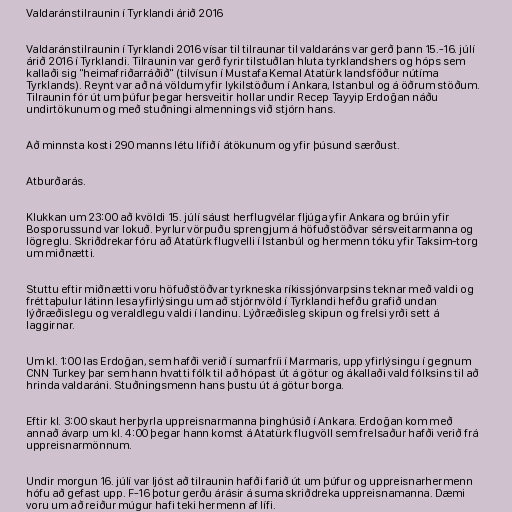
Valdaránstilraunin í Tyrklandi árið 2016

Valdaránstilraunin í Tyrklandi 2016 vísar til tilraunar til valdaráns var gerð þann 15.-16. júlí
árið 2016 í Tyrklandi. Tilraunin var gerð fyrir tilstuðlan hluta tyrklandshers og hóps sem
kallaði sig "heimafriðarráðið" (tilvísun í Mustafa Kemal Atatürk landsföður nútíma
Tyrklands). Reynt var að ná völdum yfir lykilstöðum í Ankara, Istanbul og á öðrum stöðum.
Tilraunin fór út um þúfur þegar hersveitir hollar undir Recep Tayyip Erdoğan náðu
undirtökunum og með stuðningi almennings við stjórn hans.

Að minnsta kosti 290 manns létu lífið í átökunum og yfir þúsund særðust.

Atburðarás.

Klukkan um 23:00 að kvöldi 15. júlí sáust herflugvélar fljúga yfir Ankara og brúin yfir
Bosporussund var lokuð. Þyrlur vörpuðu sprengjum á höfuðstöðvar sérsveitarmanna og
lögreglu. Skriðdrekar fóru að Atatürk flugvelli í Istanbúl og hermenn tóku yfir Taksim-torg
um miðnætti.

Stuttu eftir miðnætti voru höfuðstöðvar tyrkneska ríkissjónvarpsins teknar með valdi og
fréttaþulur látinn lesa yfirlýsingu um að stjórnvöld í Tyrklandi hefðu grafið undan
lýðræðislegu og veraldlegu valdi í landinu. Lýðræðisleg skipun og frelsi yrði sett á
laggirnar.

Um kl. 1:00 las Erdoğan, sem hafði verið í sumarfríi í Marmaris, upp yfirlýsingu í gegnum
CNN Turkey þar sem hann hvatti fólk til að hópast út á götur og ákallaði vald fólksins til að
hrinda valdaráni. Stuðningsmenn hans þustu út á götur borga.

Eftir kl. 3:00 skaut herþyrla uppreisnarmanna þinghúsið í Ankara. Erdoğan kom með
annað ávarp um kl. 4:00 þegar hann komst á Atatürk flugvöll sem frelsaður hafði verið frá
uppreisnarmönnum.

Undir morgun 16. júlí var ljóst að tilraunin hafði farið út um þúfur og uppreisnarhermenn
hófu að gefast upp. F-16 þotur gerðu árásir á suma skriðdreka uppreisnamanna. Dæmi
voru um að reiður múgur hafi teki hermenn af lífi.